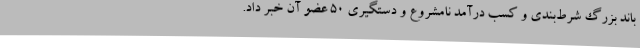
باند بزرگ شرط‌بندی و کسب درآمد نامشروع و دستگیری ۵۰ عضو آن خبر داد.